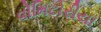
વોમિટોરીયા